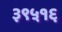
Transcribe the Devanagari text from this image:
३९५१६